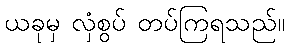
ယခုမှ လှံစွပ် တပ်ကြရသည်။